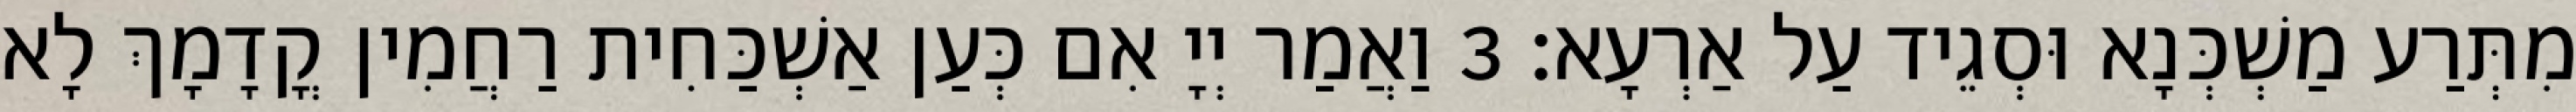
מִתְּרַע מַשְׁכְּנָא וּסְגֵיד עַל אַרְעָא׃ 3 וַאֲמַר יְיָ אִם כְּעַן אַשְׁכַּחִית רַחֲמִין קֳדָמָךְ לָא